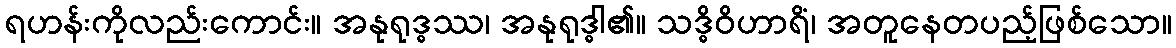
ရဟန်းကိုလည်းကောင်း။ အနုရုဒ္ဓဿ၊ အနုရုဒ္ဓါ၏။ သဒ္ဓိဝိဟာရိံ၊ အတူနေတပည့်ဖြစ်သော။